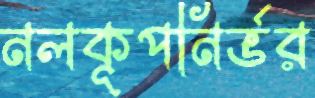
নলকূপনির্ভর